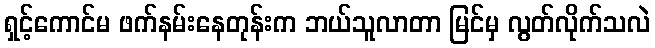
ရှင့်ကောင်မ ဖက်နမ်းနေတုန်းက ဘယ်သူလာတာ မြင်မှ လွတ်လိုက်သလဲ